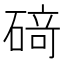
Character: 𥔎